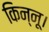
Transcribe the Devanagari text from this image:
किन्नू।